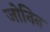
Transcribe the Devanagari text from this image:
जोनिन